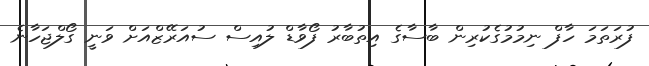
ފުރަތަމަ ހާފް ނިމުމުގެކުރިން ބާސާގެ އިތުބާރު ފޯވާޑް ލުއިސް ސުއަރޭޒްއަށް ވަނީ ގޯލްޖަހާނެ